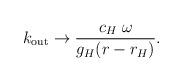
LaTeX: \begin{align*}k_{\mathrm{out}} \to {c_H\;\omega\over g_H (r - r_H)}.\end{align*}